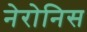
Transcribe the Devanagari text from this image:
नेरोनिस